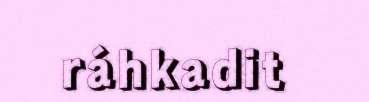
ráhkadit